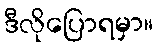
ဒီလိုပြောရမှာ။